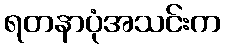
ရတနာပုံအသင်းက